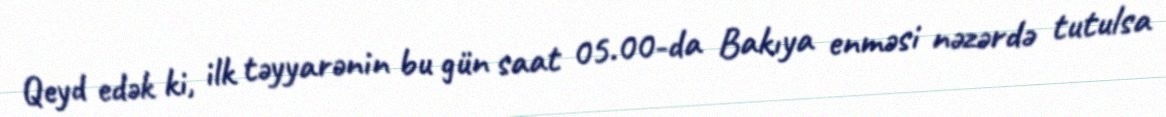
Qeyd edək ki, ilk təyyarənin bu gün saat 05.00-da Bakıya enməsi nəzərdə tutulsa